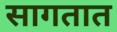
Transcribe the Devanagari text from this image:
सागतात